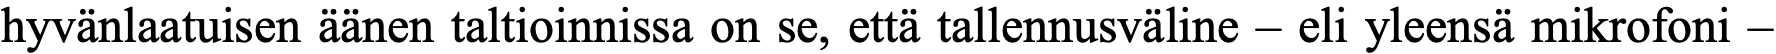
hyvänlaatuisen äänen taltioinnissa on se, että tallennusväline – eli yleensä mikrofoni –